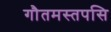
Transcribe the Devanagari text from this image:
गौतमस्तपसि